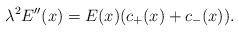
LaTeX: \begin{align*} \lambda^2 E''(x)=E(x)(c_+(x)+c_-(x)).\end{align*}